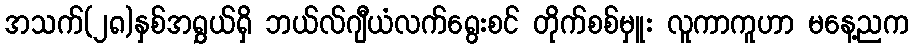
အသက်(၂၈)နှစ်အရွှယ်ရှိ ဘယ်လ်ဂျီယံလက်ရွေးစင် တိုက်စစ်မှူး လူကာကူဟာ မနေ့ညက